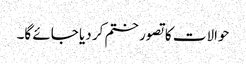
حوالات کا تصور ختم کر دیا جائے گا۔